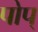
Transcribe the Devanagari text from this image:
पोप्